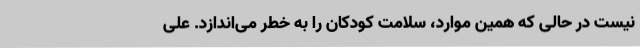
نیست در حالی که همین موارد، سلامت کودکان را به خطر می‌اندازد. علی